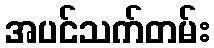
အပင်သက်တမ်း